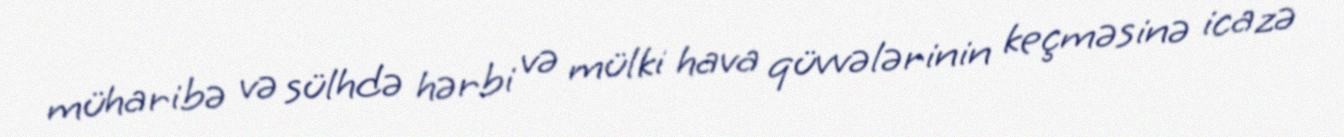
müharibə və sülhdə hərbi və mülki hava qüvvələrinin keçməsinə icazə